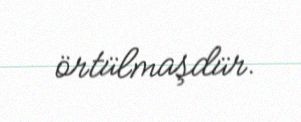
örtülmaşdür.